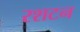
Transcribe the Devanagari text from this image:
रशटन